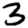
Digit: 3